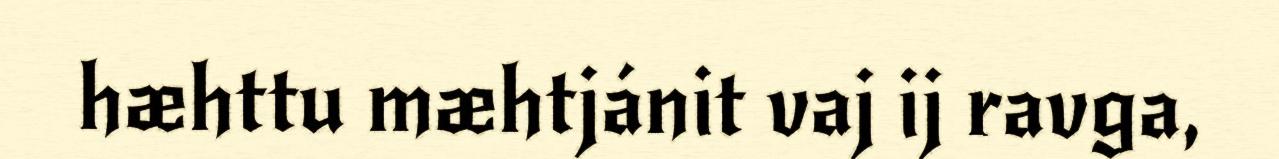
hæhttu mæhtjánit vaj ij ravga,